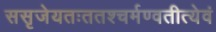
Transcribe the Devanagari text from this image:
ससृजेयतःततश्चर्मण्वतीत्येवं